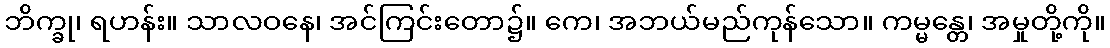
ဘိက္ခု၊ ရဟန်း။ သာလဝနေ၊ အင်ကြင်းတော၌။ ကေ၊ အဘယ်မည်ကုန်သော။ ကမ္မန္တေ၊ အမှုတို့ကို။